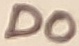
Text: D0